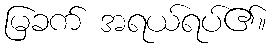
မြခက် အရယ်ရပ်၏။